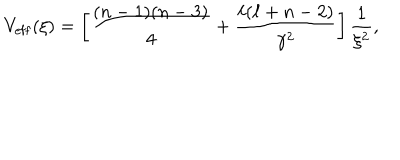
V _ { \mathrm { e f f } } ( \xi ) = \left[ \frac { ( n - 1 ) ( n - 3 ) } { 4 } + \frac { \ell ( \ell + n - 2 ) } { \gamma ^ { 2 } } \right] \frac { 1 } { \xi ^ { 2 } } ,